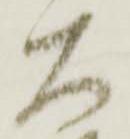
大